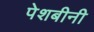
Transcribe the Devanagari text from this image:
पेशबीनी